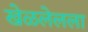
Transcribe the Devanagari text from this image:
खेळलेलला